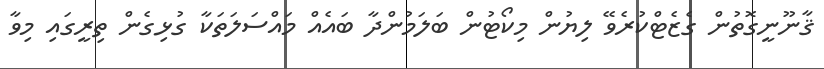
ޤާނޫނީގޮތުން ގެޒެޓްކުރެވޭ ލިޔުން މިކޯޓުން ބަލަމުންދާ ބައެއް މައްސަލަތަކާ ގުޅިގެން ތިރީގައި މިވާ